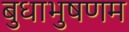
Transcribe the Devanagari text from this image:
बुधाभुषणम